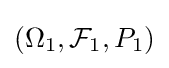
\textstyle (\Omega _{1},{\mathcal {F}}_{1},P_{1})